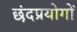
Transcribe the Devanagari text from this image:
छंदप्रयोगों